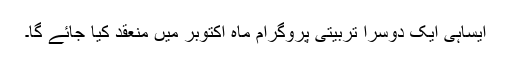
ایساہی ایک دوسرا تربیتی پروگرام ماہ اکتوبر میں منعقد کیا جائے گا۔